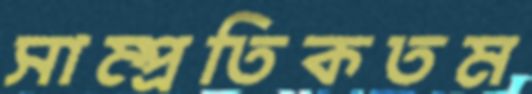
সাম্প্রতিকতম